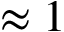
\approx 1